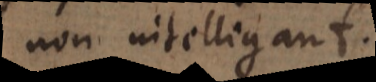
non intelligant.